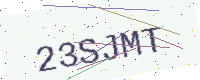
Text: 23SJMT